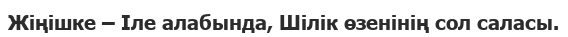
Жіңішке – Іле алабында, Шілік өзенінің сол саласы.